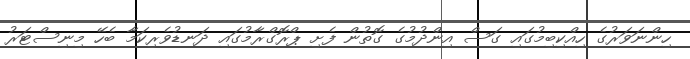
ހިންނަވަރުގެ ހިއްކިބިމުގައި ގަސް އިންދުމުގެ ގޮތުން ފެށި ޕްރޮގްރާމުގައި ދަނޑުވެރިކަމާ ބެހޭ މިނިސްޓަރު